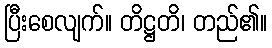
ပြီးစေလျက်။ တိဋ္ဌတိ၊ တည်၏။